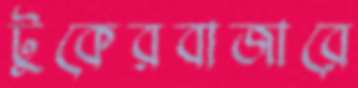
টুকেরবাজারে